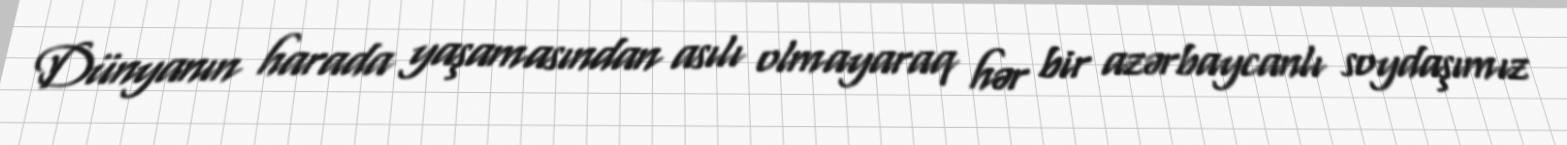
Dünyanın harada yaşamasından asılı olmayaraq hər bir azərbaycanlı soydaşımız